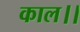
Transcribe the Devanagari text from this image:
काल।।